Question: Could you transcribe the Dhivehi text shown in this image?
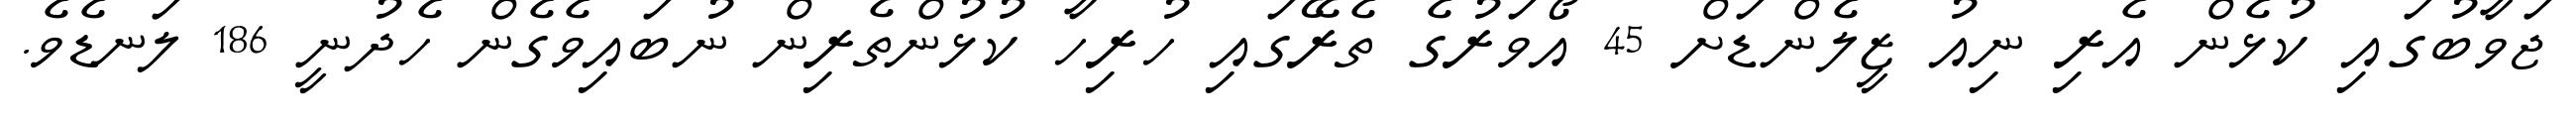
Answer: ޖަވާބުގައި ކުޅެން އެރި ނިއު ޒީލެންޑަށް 45 އޯވަރުގެ ތެރޭގައި ހުރިހާ ކުޅުންތެރިން ނުބައިވެގެން ހެދުނީ 186 ލަނޑެވެ.